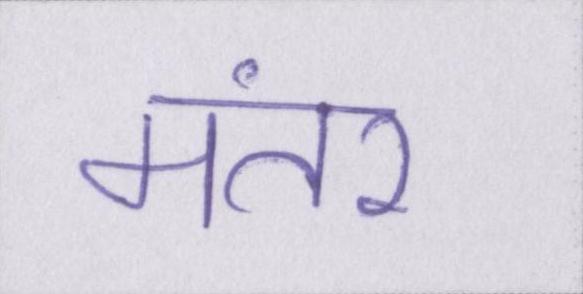
मंतर